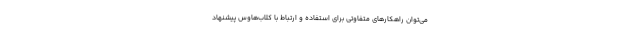
مي‌توان راهكارهاي متفاوتي براي استفاده و ارتباط با كلاب‌هاوس پيشنهاد